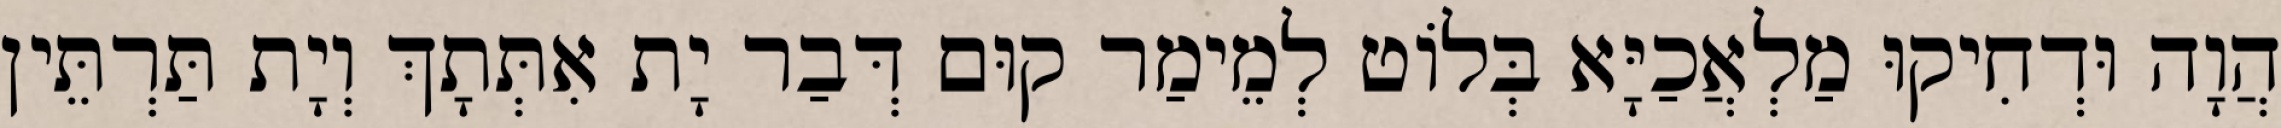
הֲוָה וּדְחִיקוּ מַלְאֲכַיָּא בְּלוֹט לְמֵימַר קוּם דְּבַר יָת אִתְּתָךְ וְיָת תַּרְתֵּין